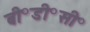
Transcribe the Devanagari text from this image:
बी॰डी॰सी॰